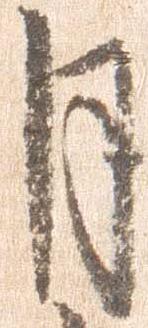
月